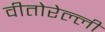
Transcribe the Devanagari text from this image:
वीतोरेल्ली